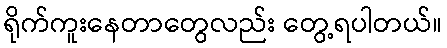
ရိုက်ကူးနေတာတွေလည်း တွေ့ရပါတယ်။